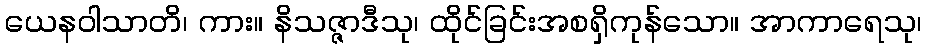
ယေနဝါသာတိ၊ ကား။ နိသဇ္ဇာဒီသု၊ ထိုင်ခြင်းအစရှိကုန်သော။ အာကာရေသု၊